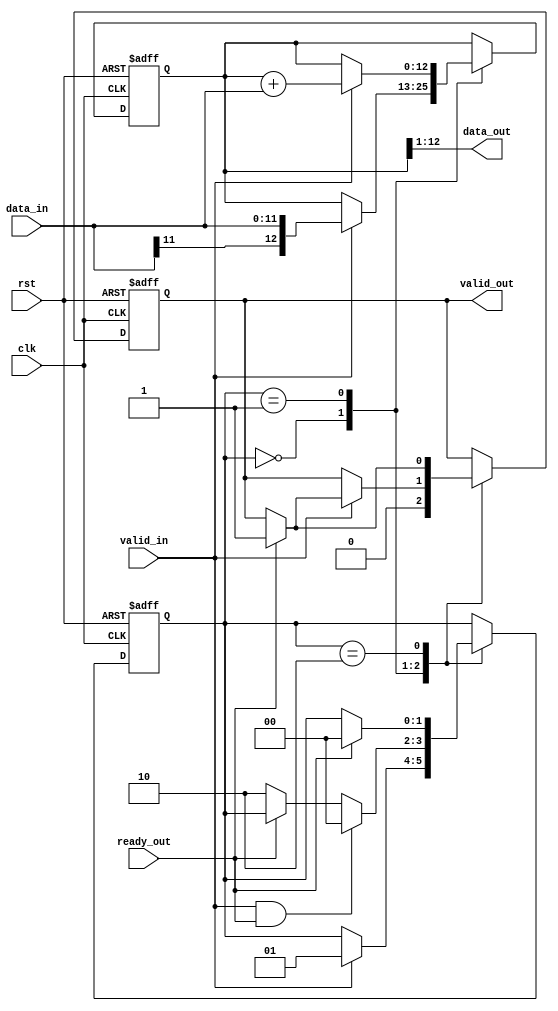
//==============================================================================
// DFT Preprocessing Unit
//
// Performs an average of every 2 input points
//
//=============================================================================
module dft_preproc
#(
    parameter DATA_W = 12   // Data width
)
(
    // System
    input wire                      clk,       // System clock
    input wire                      rst,       // System reset
    // Input data
    input  wire signed [DATA_W-1:0] data_in,   // Data input
    input  wire                     valid_in,  // Input data is valid
    // Output data
    output wire signed [DATA_W-1:0] data_out,  // Data output
    output reg                      valid_out, // Output data is valid
    input  wire                     ready_out  // System is ready to receive data
);
//-----------------------------------------------------------------------------
// Local parameters
//-----------------------------------------------------------------------------
localparam AVG_0_S = 2'd0;
localparam AVG_1_S = 2'd1;
localparam WAIT_READY_S = 2'd2;

//-----------------------------------------------------------------------------
// Local variables
//-----------------------------------------------------------------------------
reg [1:0] fsm_state;    // FSM current state
reg [1:0] fsm_next;     // FSM next

reg signed [DATA_W:0] avg;

//-----------------------------------------------------------------------------
// Average FSM
//-----------------------------------------------------------------------------
always @(posedge clk or posedge rst)
begin
    if (rst)
        fsm_state <= AVG_0_S;
    else
        fsm_state <= fsm_next;
end

always @(*)
begin
    fsm_next = fsm_state;
    case (fsm_state)
        AVG_0_S : begin
            if (valid_in)
                fsm_next = AVG_1_S;
        end

        AVG_1_S : begin
            if (valid_in && ready_out)
                fsm_next = AVG_0_S;
            else if (!ready_out)
                fsm_next = WAIT_READY_S;
        end

        WAIT_READY_S : begin
            if (ready_out)
                fsm_next = AVG_0_S;
        end
    endcase
end

always @(posedge clk or posedge rst)
begin
    if (rst) begin
        valid_out <= 1'b0;
        avg       <= {DATA_W+1{1'b0}};
    end
    else begin
        case (fsm_state)
            AVG_0_S : begin
                valid_out <= 1'b0;
                if (valid_in) begin
                    avg <= data_in;
                end
            end

            AVG_1_S : begin
                if (valid_in) begin
                    avg <= avg + data_in;
                    if (ready_out)
                        valid_out <= 1'b1;
                end
            end

            WAIT_READY_S : begin
                if (ready_out)
                    valid_out <= 1'b1;
            end
        endcase
    end
end

// Vector part select instead of shift
assign data_out = avg[DATA_W:1];

endmodule